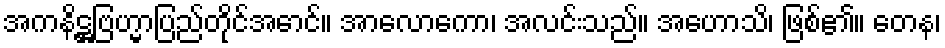
အကနိဋ္ဌဗြဟ္မာပြည်တိုင်အောင်။ အာလောကော၊ အလင်းသည်။ အဟောသိ၊ ဖြစ်၏။ တေန၊